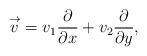
LaTeX: \begin{gather*}\overset{\rightarrow}{v}=v_1\frac{\partial}{\partial x}+v_2\frac{\partial}{\partial y},\end{gather*}